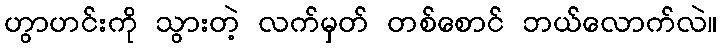
ဟွာဟင်းကို သွားတဲ့ လက်မှတ် တစ်စောင် ဘယ်လောက်လဲ။